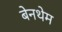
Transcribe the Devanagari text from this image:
बेनथेम